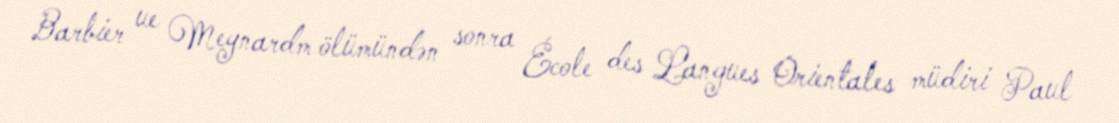
Barbier ue Meynardm ölümündən sonra École des Langues Orientales müdiri Paul